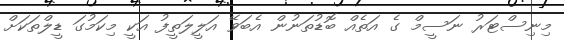
މިނިސްޓަރު ނަސީމް ގެ އަތެއް ބޮޑުތަނުން އެބަވޭ އަލީލަތީފު އަކީ މިކަމުގަ ޑީލްތަކަށް